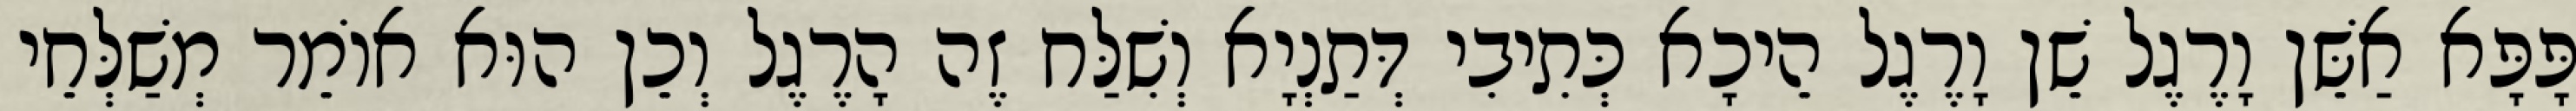
פָּפָּא אַשֵּׁן וָרֶגֶל שֵׁן וָרֶגֶל הֵיכָא כְּתִיבִי דְּתַנְיָא וְשִׁלַּח זֶה הָרֶגֶל וְכֵן הוּא אוֹמֵר מְשַׁלְּחֵי